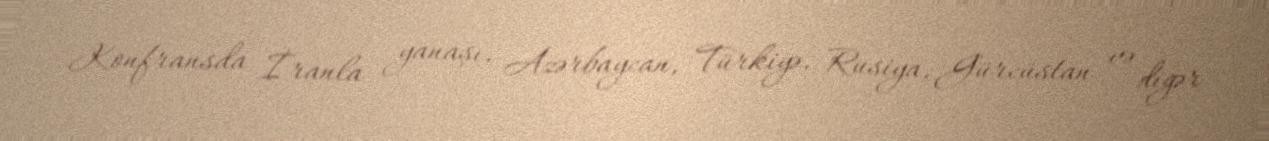
Konfransda İranla yanaşı, Azərbaycan, Türkiyə, Rusiya, Gürcüstan və digər